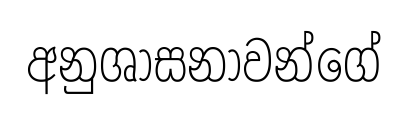
අනුශාසනාවන්ගේ